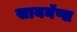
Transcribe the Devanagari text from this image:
सायनॅप्स